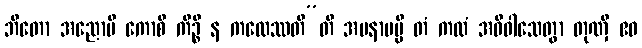
ဘီတော အညောပိ ကောစိ ကိဉ္စိ န ကထေဿတီ”တိ အမနာပမ္ပိ တံ ကထံ အဓိဝါသေတွာ တုဏှီ ဧဝ